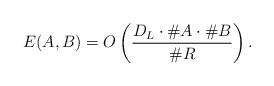
LaTeX: \begin{align*}E(A,B) = O\left( \frac{D_L\cdot \# A \cdot \# B}{\#R } \right).\end{align*}